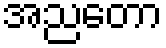
အညတော